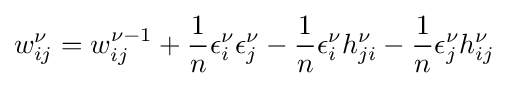
w_{ij}^{\nu }=w_{ij}^{\nu -1}+{\frac {1}{n}}\epsilon _{i}^{\nu }\epsilon _{j}^{\nu }-{\frac {1}{n}}\epsilon _{i}^{\nu }h_{ji}^{\nu }-{\frac {1}{n}}\epsilon _{j}^{\nu }h_{ij}^{\nu }